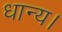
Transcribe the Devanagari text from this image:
धान्य।